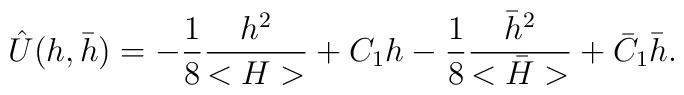
\hat U(h,\bar h)=-{1 \over 8}{h^2  \over < H>}+C_1 h -{1 \over8}{\bar h^2  \over <\bar  H>}+ \bar C_1\bar h.